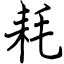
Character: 耗